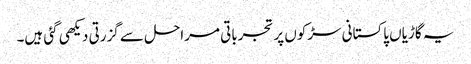
یہ گاڑیاں پاکستانی سڑکوں پر تجرباتی مراحل سے گزرتی دیکھی گئی ہیں۔